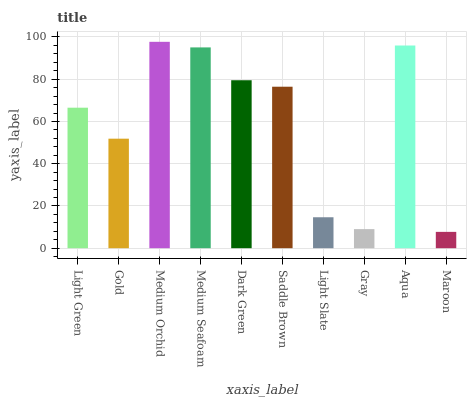
| xaxis_label | bars |
 | --- | --- |
 | Light Green | 66.5 |
 | Gold | 51.9 |
 | Medium Orchid | 97.7 |
 | Medium Seafoam | 95.1 |
 | Dark Green | 79.5 |
 | Saddle Brown | 76.5 |
 | Light Slate | 14.7 |
 | Gray | 9.04 |
 | Aqua | 96 |
 | Maroon | 7.73 |